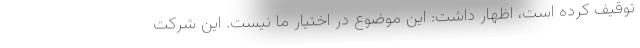
توقیف کرده است، اظهار داشت: این موضوع در اختیار ما نیست. این شرکت